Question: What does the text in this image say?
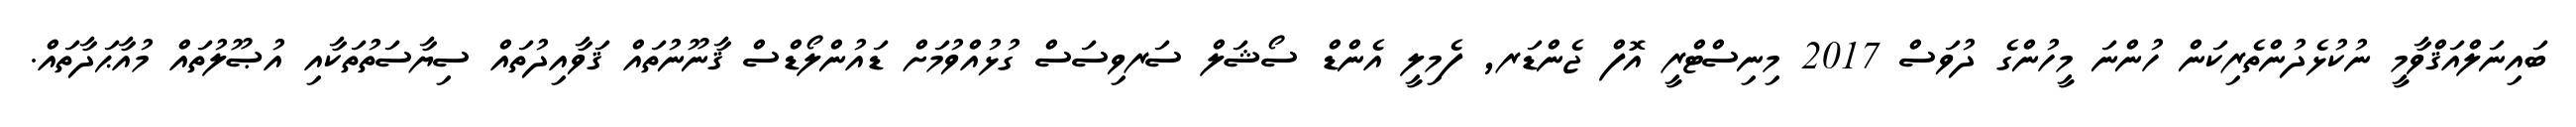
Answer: ބައިނަލްއަޤްވާމީ ނުކުޅެދުންތެރިކަން ހުންނަ މީހުންގެ ދުވަސް 2017 މިނިސްޓްރީ އޮފް ޖެންޑަރ, ފެމިލީ އެންޑް ސޯޝަލް ސަރވިސަސް ގުޅުއްވުމަށް ޑައުންލޯޑްސް ޤާނޫނުތައް ޤަވާއިދުތައް ސިޔާސަތުތަކާއި އުޞޫލުތައް މުއާޙަދާތައް.